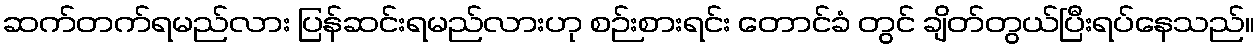
ဆက်တက်ရမည်လား ပြန်ဆင်းရမည်လားဟု စဉ်းစားရင်း တောင်ခံ တွင် ချိတ်တွယ်ပြီးရပ်နေသည်။